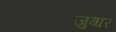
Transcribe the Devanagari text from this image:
जुबार